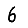
Digit: 6